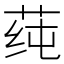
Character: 莼